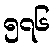
၅၇၆